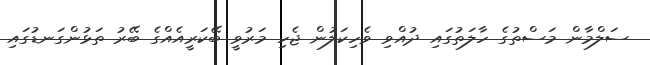
ސަލްމާން މަސްތުގެ ހާލަތުގައި ދުއްވި ވެހިކަލުން ޖެހި މަރުވީ ބޭކަރީއެއްގެ ބޭރު ތަޅުންގަނޑުގައި